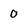
Character: O